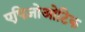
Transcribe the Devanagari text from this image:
एपिज़ोओटिक